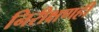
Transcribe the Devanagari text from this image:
निरीक्षणही